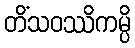
တိံသဝဿိကမ္ပိ